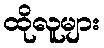
ထိုလူများ